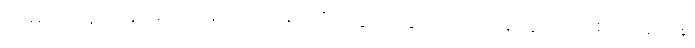
အဓိက လုပ်ငန်းမှာ အမျိုးသားရေးတိုက်ပွဲအတွက် ပြည်သူလူထုကို စည်းရုံးရန်